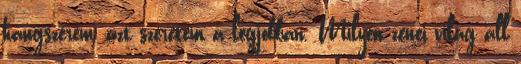
hangszerem, azt szeretem a legjobban. Milyen zenei világ áll